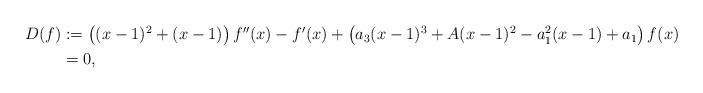
LaTeX: \begin{align*}\begin{aligned}D(f)&:=\left((x-1)^2+(x-1)\right)f''(x)-f'(x)+\left(a_3(x-1)^3+A(x-1)^2-a_1^2(x-1)+a_1\right)f(x)\\&=0,\end{aligned}\end{align*}